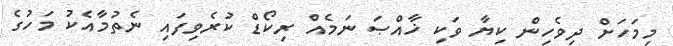
މިމަހަށް ދިވެހިން ކިޔާ ވަކި ޚާއްޞަ ނަމެއް ރިކޯޑް ކުރެވިފައި ނެތުމާއެކު މަހުގެ